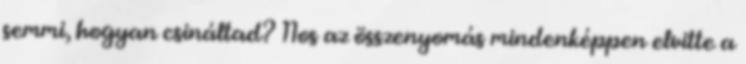
semmi, hogyan csináltad? Nos az összenyomás mindenképpen elvitte a